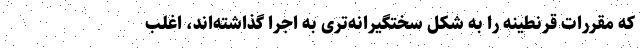
که مقررات قرنطینه را به شکل سختگیرانه‌تری به اجرا گذاشته‌اند، اغلب